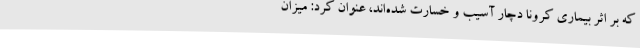
که بر اثر بیماری کرونا دچار آسیب و خسارت شده‌اند، عنوان کرد: میزان